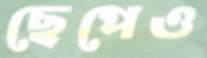
ছেপেও